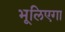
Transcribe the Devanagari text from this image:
भूलिएगा